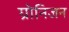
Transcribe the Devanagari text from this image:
ग्रोनिजन